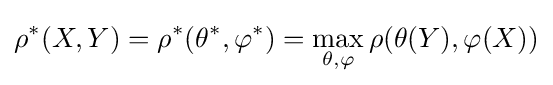
\rho ^{*}(X,Y)=\rho ^{*}(\theta ^{*},\varphi ^{*})=\max _{\theta ,\varphi }\rho (\theta (Y),\varphi (X))